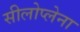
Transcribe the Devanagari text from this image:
सीलोप्लेना